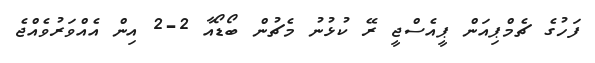
ފަހުގެ ޗެމްޕިއަން ޕީއެސްޖީ ރޭ ކުޅުނު މެޗުން ބޯޑޯއާ 2-2 އިން އެއްވަރުވެއްޖެ